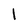
Character: I